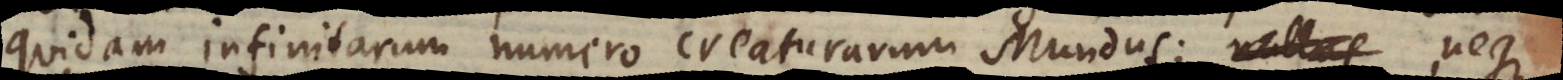
quidam infinitarum numero creaturarum Mundus; nullus